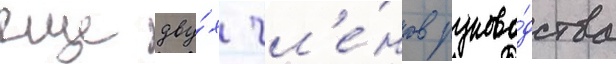
еще дву́х чл'е́нов руково́дства